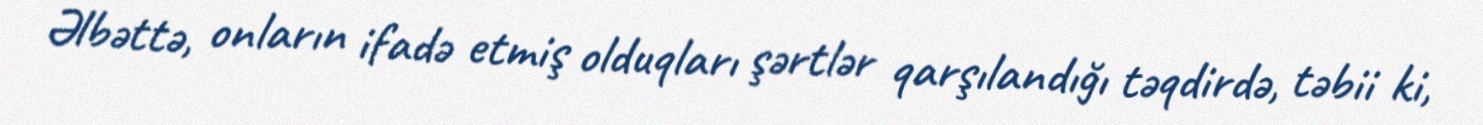
Əlbəttə, onların ifadə etmiş olduqları şərtlər qarşılandığı təqdirdə, təbii ki,